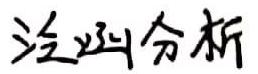
泛函分析